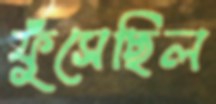
ফুঁসেছিল